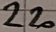
Text: 220